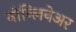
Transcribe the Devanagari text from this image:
नोन्लिनेअर